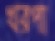
খরপা